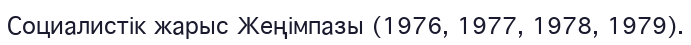
Социалистік жарыс Жеңімпазы (1976, 1977, 1978, 1979).